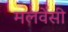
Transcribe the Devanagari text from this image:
मलवेसी